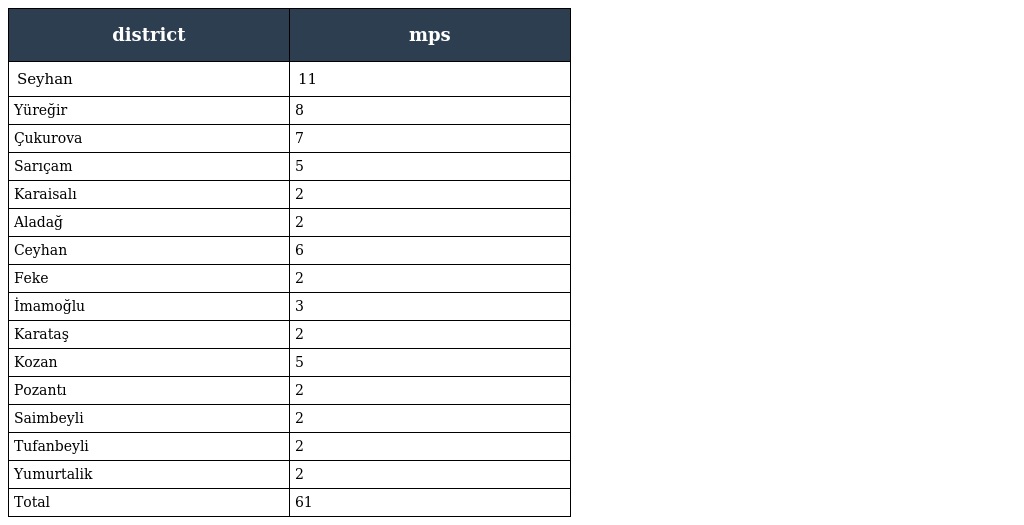
| district | mps |
 | --- | --- |
 | Seyhan | 11 |
 | Yüreğir | 8 |
 | Çukurova | 7 |
 | Sarıçam | 5 |
 | Karaisalı | 2 |
 | Aladağ | 2 |
 | Ceyhan | 6 |
 | Feke | 2 |
 | İmamoğlu | 3 |
 | Karataş | 2 |
 | Kozan | 5 |
 | Pozantı | 2 |
 | Saimbeyli | 2 |
 | Tufanbeyli | 2 |
 | Yumurtalik | 2 |
 | Total | 61 |